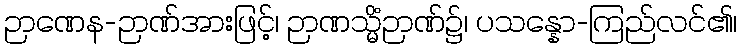
ဉာဏေန-ဉာဏ်အားဖြင့်၊ ဉာဏသ္မိံဉာဏ်၌၊ ပသန္နော-ကြည်လင်၏၊